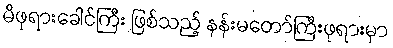
မိဖုရားခေါင်ကြီး ဖြစ်သည့် နန်းမတော်ကြီးဖုရားမှာ